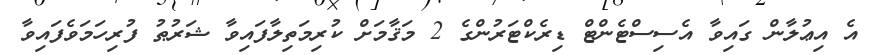
އެ އިޢުލާން ގައިވާ އެސިސްޓެންޓް ޑިރެކްޓަރުންގެ 2 މަޤާމަށް ކުރިމަތިލާފައިވާ ޝަރުޠު ފުރިހަމަވެފައިވާ